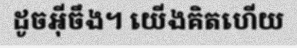
ដូចអ៊ីចឹង។ យើងគិតហើយ